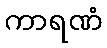
ကာရဏံ